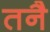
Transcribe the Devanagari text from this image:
तनै